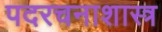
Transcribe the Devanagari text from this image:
पदरचनाशास्त्र